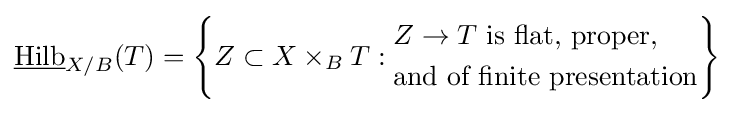
{\underline {\text{Hilb}}}_{X/B}(T)=\left\{Z\subset X\times _{B}T:{\begin{aligned}&Z\to T{\text{ is flat, proper,}}\\&{\text{and of finite presentation}}\end{aligned}}\right\}